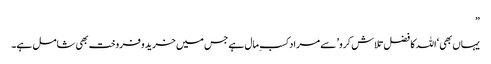
”
یہاں بھی ‘اللہ کا فضل تلاش کرو’ سے مراد کسب ِمال ہے جس میں خرید وفروخت بھی شامل ہے۔